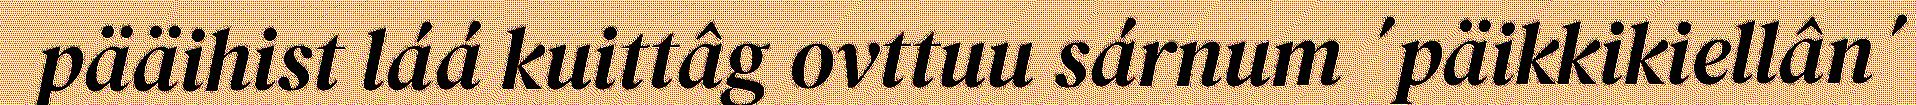
pääihist láá kuittâg ovttuu sárnum ´päikkikiellân´